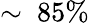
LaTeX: \sim~85\%